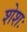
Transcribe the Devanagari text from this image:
शेशः